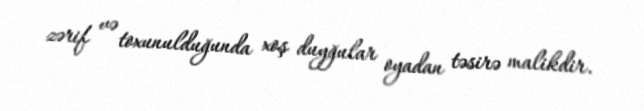
zərif və toxunulduğunda xoş duyğular oyadan təsirə malikdir.